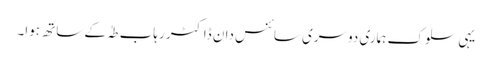
یہی سلوک ہماری دوسری سائنس دان ڈاکٹر رہاب طہٰ کے ساتھ ہوا۔